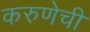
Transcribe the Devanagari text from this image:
करुणेची